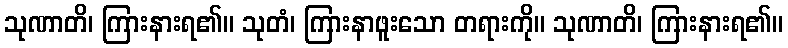
သုဏာတိ၊ ကြားနားရ၏။ သုတံ၊ ကြားနာဖူးသော တရားကို။ သုဏာတိ၊ ကြားနားရ၏။